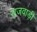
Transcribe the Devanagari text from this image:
राजवाड़ी